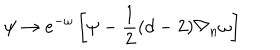
LaTeX: \psi \rightarrow e ^ { - \omega } \left[ \psi - \frac { 1 } { 2 } ( d - 2 ) \nabla _ { n } \omega \right]